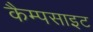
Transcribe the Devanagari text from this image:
कैम्पसाइट